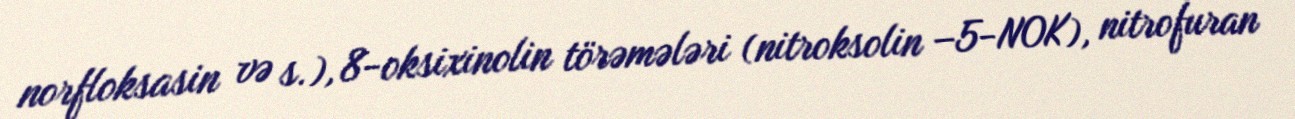
norfloksasin və s.), 8-oksixinolin törəmələri (nitroksolin −5-NOK), nitrofuran